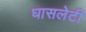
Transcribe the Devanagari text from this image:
घासलेटी